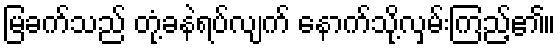
မြခက်သည် တုံ့ခနဲရပ်လျက် နောက်သို့လှမ်းကြည့်၏။